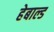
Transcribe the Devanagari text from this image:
हेबाल्ड